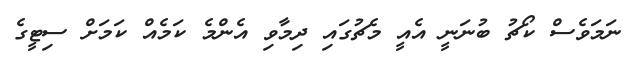
ނަމަވެސް ކޯޗު ބުނަނީ އެއީ މެޗުގައި ދިމާވި އެންމެ ކަމެއް ކަމަށް ސިޓީގެ